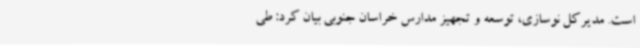
است. مدیرکل نوسازی، توسعه و تجهیز مدارس خراسان جنوبی بیان کرد: طی